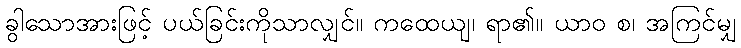
ခွါသောအားဖြင့် ပယ်ခြင်းကိုသာလျှင်။ ကထေယျ၊ ရာ၏။ ယာဝ စ၊ အကြင်မျှ